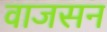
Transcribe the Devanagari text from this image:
वाजसन